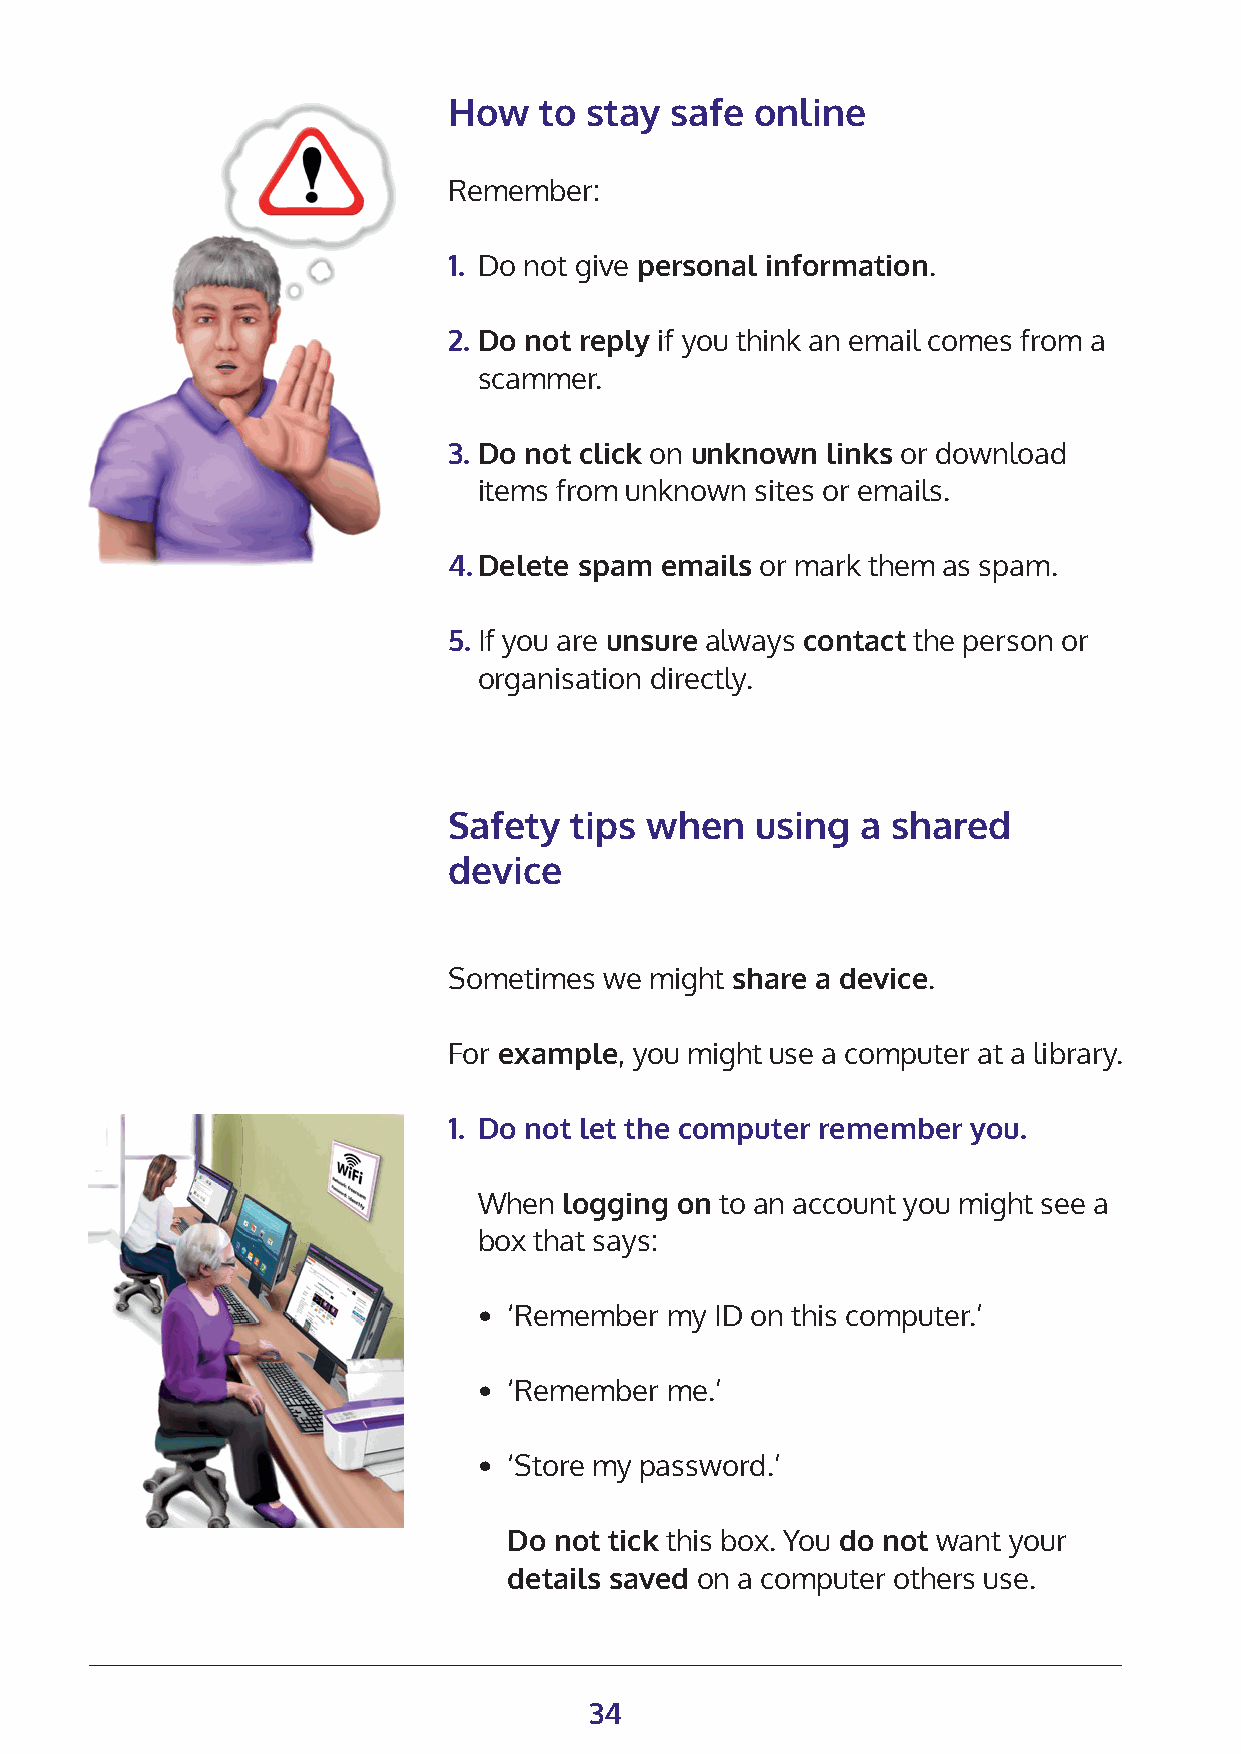
How   to stay safe  online
 Remember:
 1. Do not give personal information.
 2. Do not reply if you think an email comes from a
 scammer.
 3. Do not click on unknown links or download
 items from unknown sites or emails.
 4. Delete spam emails or mark them as spam.
 5. If you are unsure always contact the person or
 organisation directly.
 Safety  tips when   using  a shared
 device
 Sometimes we might share a device.
 For example, you might use a computer at a library.
 1. Do not let the computer remember you.
 When logging on to an account you might see a
 box that says:
 • ‘Remember my ID on this computer.’
 • ‘Remember me.’
 • ‘Store my password.’
 Do not tick this box. You do not want your
 details saved on a computer others use.
 34